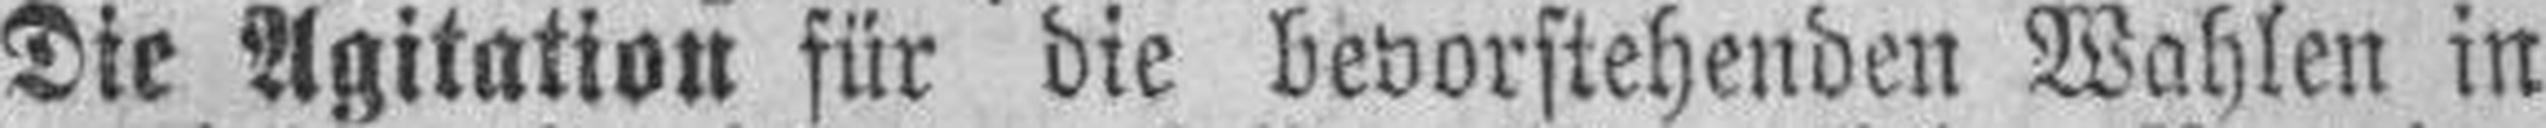
Die Agitation für die bevorstehenden Wahlen in